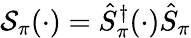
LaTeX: \mathcal S_{\pi}(\cdot)=\hat{S}_{\pi}^{\dagger}(\cdot)\hat{S}_{\pi}